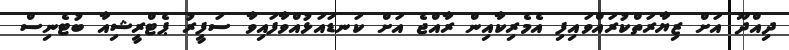
ދިއްދޫ އަށް ޒިޔާރަތްކުރައްވައިފި އެމެރިކާއިން ރާއްޖެ އަށް ކަނޑައަޅުއްވާފައިވާ ސަފީރު ޕެޓްރީޝިއާ ބުޓެނިސް